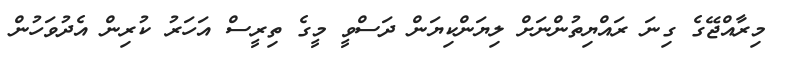
މިރާއްޖޭގެ ގިނަ ރައްޔިތުންނަށް ލިޔަންކިޔަން ދަސްވީ މީގެ ތިރީސް އަހަރު ކުރިން އެދުވަހުން